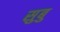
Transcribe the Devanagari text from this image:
सुबु